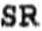
SR